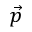
\vec { p }